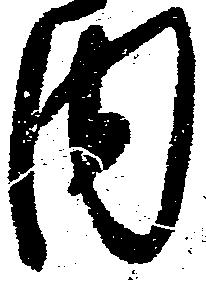
内